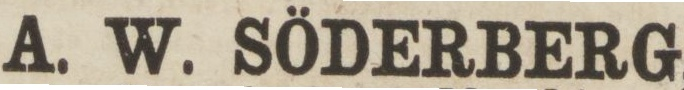
A. W. SÖDERBERG,